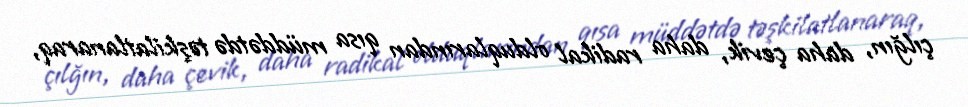
çılğın, daha çevik, daha radikal olduqlarından qısa müddətdə təşkilatlanaraq,